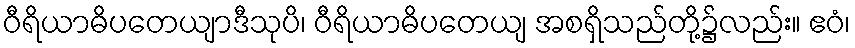
ဝီရိယာဓိပတေယျာဒီသုပိ၊ ဝီရိယာဓိပတေယျ အစရှိသည်တို့၌လည်း။ ဧဝံ၊